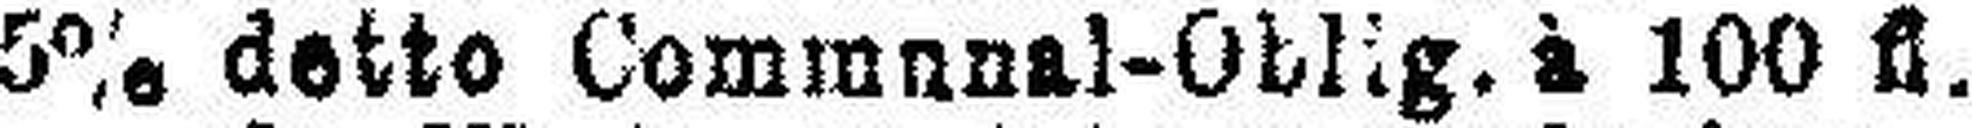
5% detto Commnnal-oblig. à 100 fl.